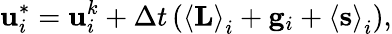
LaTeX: \mathbf{u}_{i}^{*}=\mathbf{u}_{i}^{k}+\Delta t\left(\left<\mathbf{L}\right>_{i}+\mathbf{g}_{i}+\left<\mathbf{s}\right>_{i}\right),